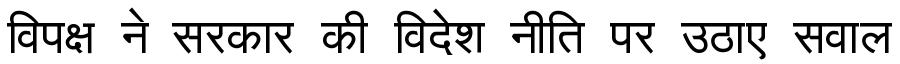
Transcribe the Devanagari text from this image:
विपक्ष ने सरकार की विदेश नीति पर उठाए सवाल